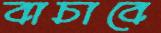
বাচাবে